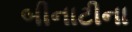
બીનાટીના